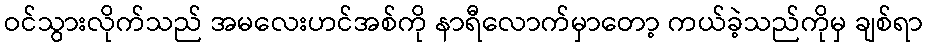
ဝင်သွားလိုက်သည် အမလေးဟင်အစ်ကို နာရီလောက်မှာတော့ ကယ်ခဲ့သည်ကိုမှ ချစ်ရာ